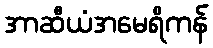
အာဆီယံအမေရိကန်